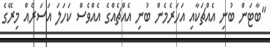
"ބާޓަން ބުނި އެއްޗަކާއި އަހަރެމެން ބުނި އެއްޗެއްގެ އެއްވެސް ކަހަލަ އަސަރެއް މިރޭގެ